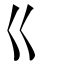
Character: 巜